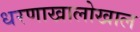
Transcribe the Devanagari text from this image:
धरणाखालोखाल